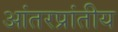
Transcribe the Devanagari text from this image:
आंतरप्रांतीय